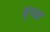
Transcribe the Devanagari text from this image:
बृच्‍छ